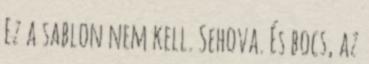
Ez a sablon nem kell. Sehova. És bocs, az